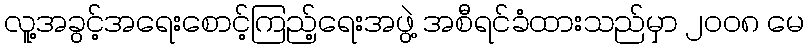
လူ့အခွင့်အရေးစောင့်ကြည့်ရေးအဖွဲ့ အစီရင်ခံထားသည်မှာ ၂၀၀၈ မေ